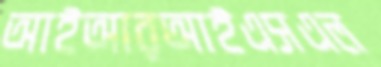
আইআরআইএসএল